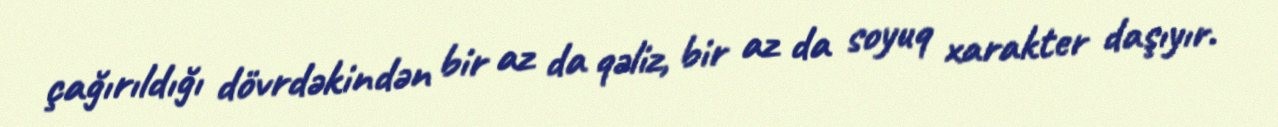
çağırıldığı dövrdəkindən bir az da qəliz, bir az da soyuq xarakter daşıyır.